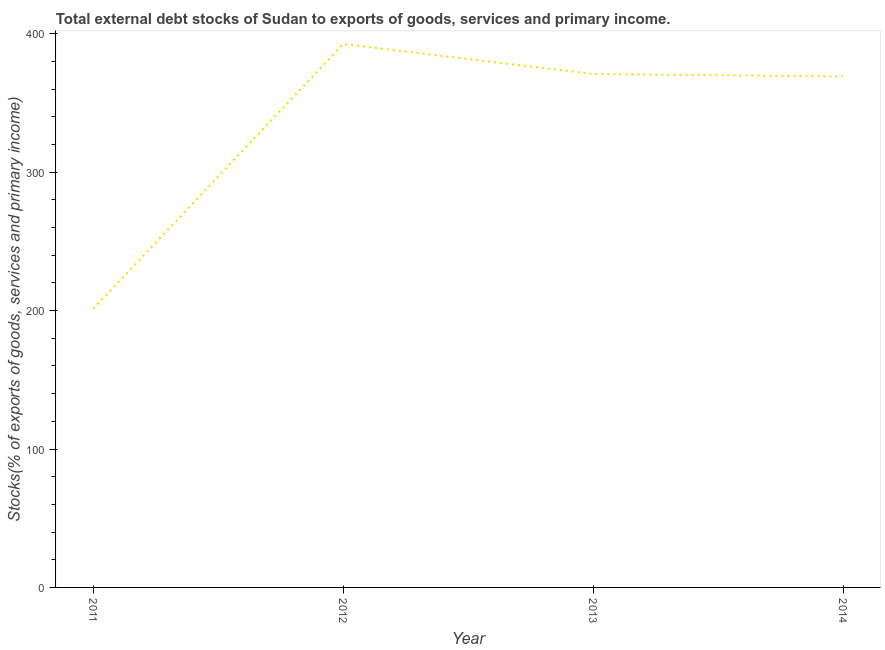
| Year | External debt stocks (% of exports of goods |
 | --- | --- |
 | 2011 | 201 |
 | 2012 | 393 |
 | 2013 | 371 |
 | 2014 | 369 |